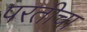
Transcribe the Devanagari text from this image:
परतीचा